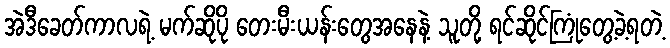
အဲဒီခေတ်ကာလရဲ့ မက်ဆိုပို တေးမီးယန်းတွေအနေနဲ့ သူတို့ ရင်ဆိုင်ကြုံတွေ့ခဲ့ရတဲ့